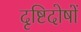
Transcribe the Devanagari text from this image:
दृष्टिदोषों